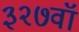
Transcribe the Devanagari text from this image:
३२७वॉ